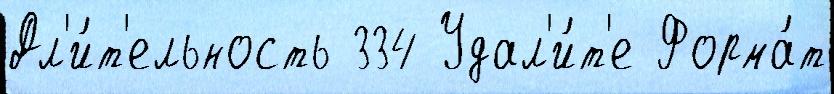
Дл'и́т'ельность 334 Удал'и́т'е Форма́т